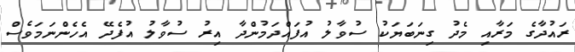
ރައުދާގެ މަރާއި މެދު ގިނަބަޔަކު ސުވާލު އުފައްދަމުންދާ އިރު ސުވާލު އުފެދޭ އެހެންނަމަވެސް